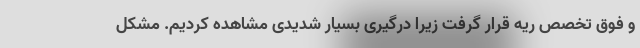
و فوق تخصص ریه قرار گرفت زیرا درگیری بسیار شدیدی مشاهده کردیم. مشکل